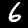
Label: 6